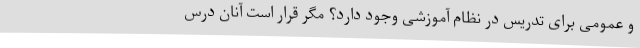
و عمومی برای تدریس در نظام آموزشی وجود دارد؟ مگر قرار است آنان درس